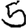
Digit: 5